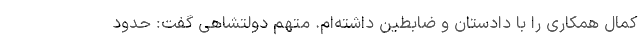
کمال همکاری را با دادستان و ضابطین داشته‌ام. متهم دولتشاهی گفت: حدود